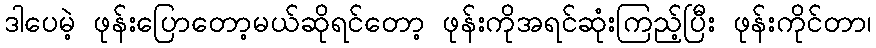
ဒါပေမဲ့ ဖုန်းပြောတော့မယ်ဆိုရင်တော့ ဖုန်းကိုအရင်ဆုံးကြည့်ပြီး ဖုန်းကိုင်တာ၊